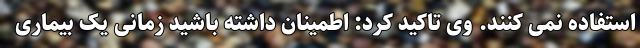
استفاده نمی کنند. وی تاکید کرد: اطمینان داشته باشید زمانی یک بیماری